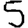
Digit: 5